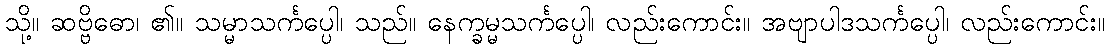
သို့။ ဆဗ္ဗိဓော၊ ၏။ သမ္မာသင်္ကပ္ပေါ၊ သည်။ နေက္ခမ္မသင်္ကပ္ပေါ၊ လည်းကောင်း။ အဗျာပါဒသင်္ကပ္ပေါ၊ လည်းကောင်း။